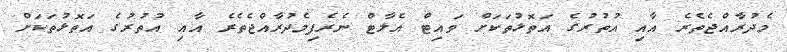
މެދުރާއްޖެތެރެ އާއި އުތުރުގެ އަތޮޅުތަކަށް ވައިޓް އެލާޓް ނެރެފިމެދުރާއްޖެތެރެ އާއި އުތުރުގެ އަތޮޅުތަކަށް